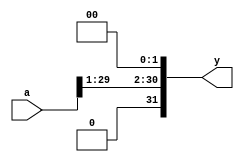
`timescale 1ns / 1ps
//////////////////////////////////////////////////////////////////////////////////
// Company: 
// Engineer: 
// 
// Design Name: 
// Module Name:    Shift 
// Project Name: 
// Target Devices: 
// Tool versions: 
// Description: 
//
// Dependencies: 
//
// Revision: 
// Revision 0.01 - File Created
// Additional Comments: 
//
//////////////////////////////////////////////////////////////////////////////////
module Shift32(
    input [31:0] a,
    output [31:0] y
    );
	assign y={a[29:01],2'b00};

endmodule